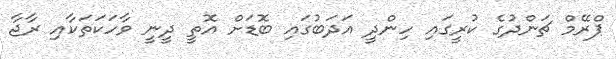
ޕްރޭމް ޗަންދުގެ ކުރީގައި ހިންދީ އަދަބުގައި ބޮޑަށް އޮތީ ދީނީ ވާހަކަތަކާއި ރާޖާ